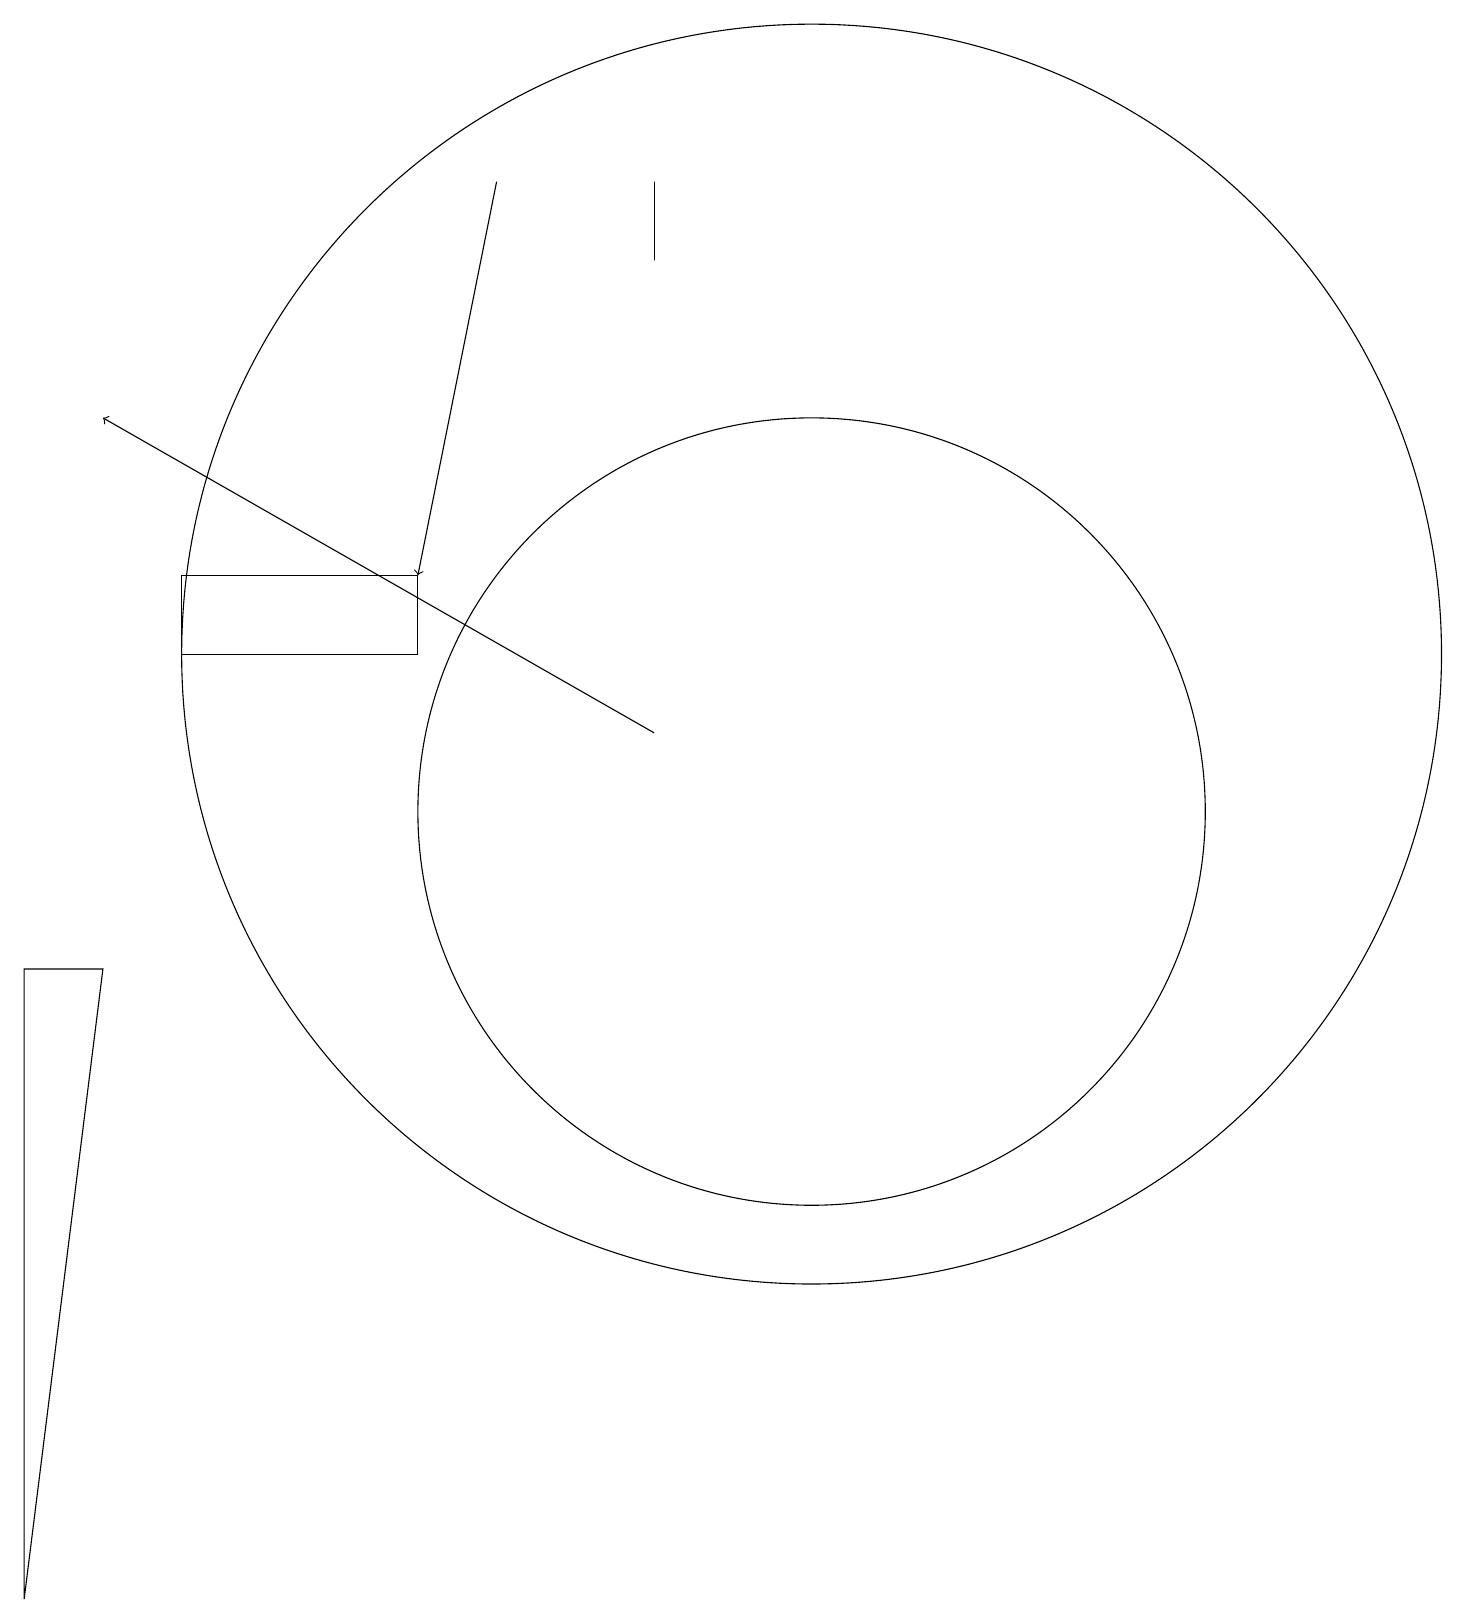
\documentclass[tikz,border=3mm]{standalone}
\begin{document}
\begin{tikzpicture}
\draw[->] (9,11) -- (2,15);
\draw (11,12) circle (8);
\draw (3,13) rectangle (6,12);
\draw (9,17) rectangle (9,18);
\draw (11,10) circle (5);
\draw[->] (7,18) -- (6,13);
\draw (1,8) -- (1,0) -- (2,8) -- cycle;
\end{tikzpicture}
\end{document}